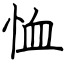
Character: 恤